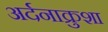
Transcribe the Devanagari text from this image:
अर्दनाक्रुशा